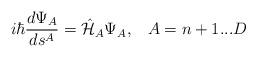
LaTeX: \begin{align*}i\hbar\frac{d\Psi_{A}}{d s^{A}} =\hat{\cal H}_{A}\Psi_{A}, \; \;\;A=n+1...D\end{align*}